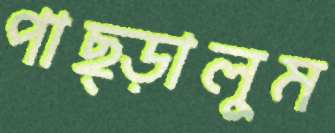
পাছ্‌ড়ালুম